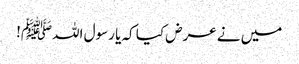
میں نے عرض کیا کہ یا رسول اللہﷺ!